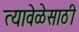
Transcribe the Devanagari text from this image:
त्यावेळेसाठी